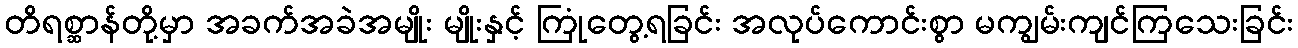
တိရစ္ဆာန်တို့မှာ အခက်အခဲအမျိုး မျိုးနှင့် ကြုံတွေ့ရခြင်း အလုပ်ကောင်းစွာ မကျွမ်းကျင်ကြသေးခြင်း